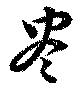
尽